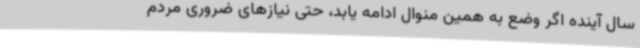
سال آینده اگر وضع به همین منوال ادامه یابد، حتی نیازهای ضروری مردم